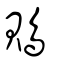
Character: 鵙